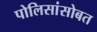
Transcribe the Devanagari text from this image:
पोलिसांसोबत